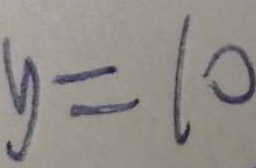
y = 1 0